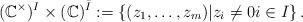
LaTeX: \begin{align*}(\mathbb C^\times)^{I}\times (\mathbb C)^{\bar{I}}:=\left\{(z_1,\ldots,z_m)| z_i\neq 0 i\in I\right\}.\end{align*}